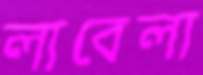
লাবেলা